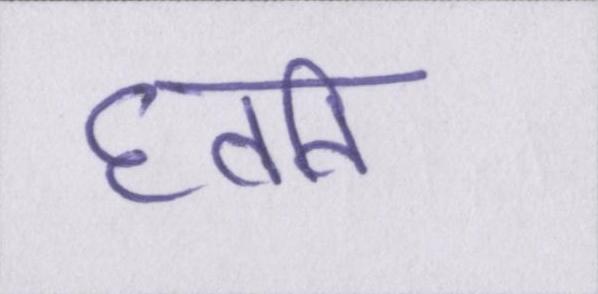
घ्वनि